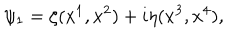
\psi _ { 1 } = \zeta ( x ^ { 1 } , x ^ { 2 } ) + i \eta ( x ^ { 3 } , x ^ { 4 } ) ,